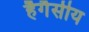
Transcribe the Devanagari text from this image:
हैगैसीय